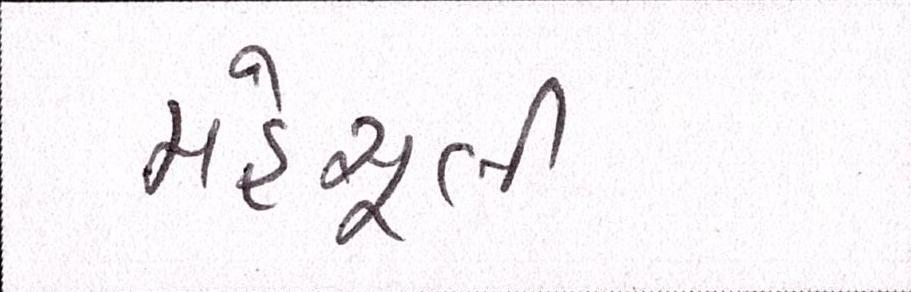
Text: મહેસૂલી